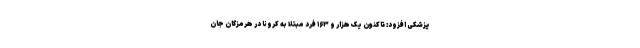
پزشکی افزود: تاکنون یک هزار و ۱۶۳ فرد مبتلا به کرونا در هرمزگان جان